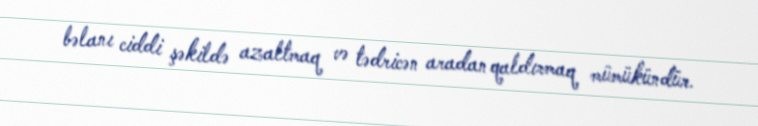
bəlanı ciddi şəkildə azaltmaq və tədricən aradan qaldırmaq mümükündür.